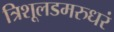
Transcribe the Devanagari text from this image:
त्रिशूलडमरुधरं